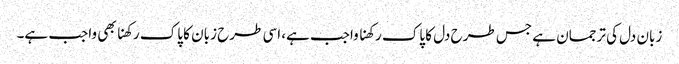
زبان دل کی ترجمان ہے جس طرح دل کا پاک رکھنا واجب ہے، اسی طرح زبان کا پاک رکھنا بھی واجب ہے۔